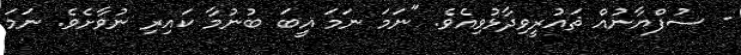
- ސުފްޔާނުއް ޘައުރީވިދާޅުވިއެވެ. "ނަމަ ނަމަ ޣީބަ ބުނުމާ ކައިރި ނުވާށެވެ. ނަމަ